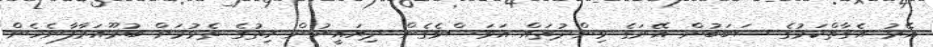
އޭރު އެގާތްކަމުގެ ސަބަބުން އޭނަގެ ވިންދުތައް އަވަސްވެގެން ދިޔައީނުން ހިތުގެ ތެޅުމަށް ބުރޫއަރާފާނެހެން